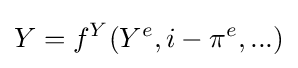
Y=f^{Y}(Y^{e},i-\pi ^{e},...)